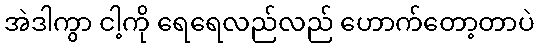
အဲဒါကွာ ငါ့ကို ရေရေလည်လည် ဟောက်တော့တာပဲ